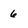
Character: 6